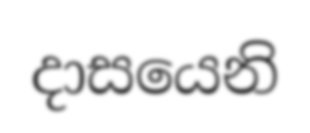
දාසයෙනි